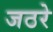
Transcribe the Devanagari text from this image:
जठरे